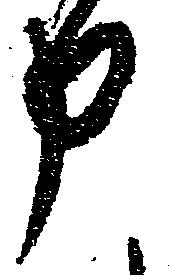
申